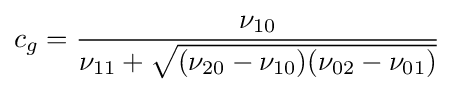
c_{g}={\frac {\nu _{10}}{\nu _{11}+{\sqrt {(\nu _{20}-\nu _{10})(\nu _{02}-\nu _{01})}}}}